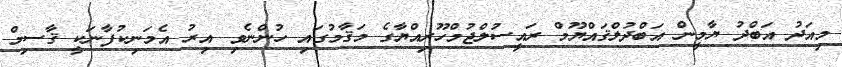
މިއަދު އަބްދު ޔާމީން އަބްދުލްޤައްޔޫމް ރައީސުލްޖުމްހޫރިއްޔާގެ މަޤާމުގައި ހުންނެވި އިރު އެމަނިކުފާނަކީ ޤާސިމް